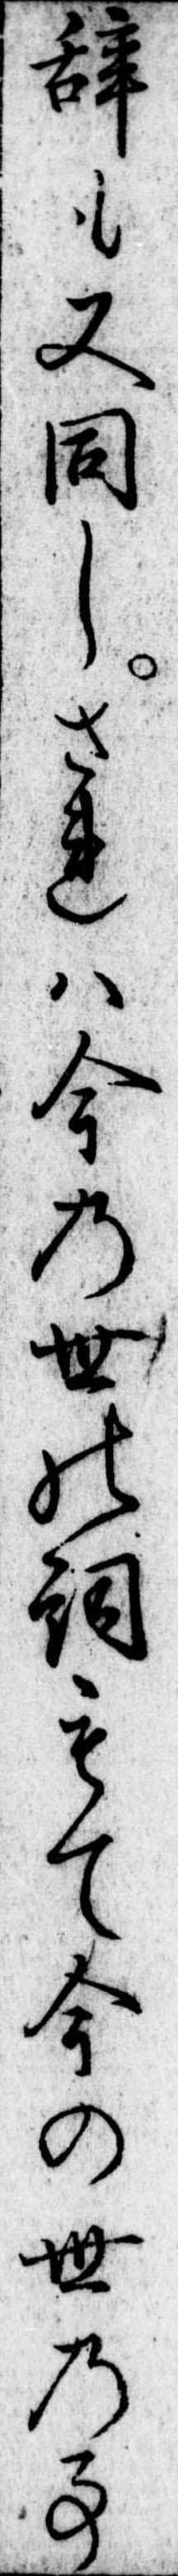
辞も又同しされは今の世の詞もて今の世の事